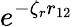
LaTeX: e^{-\zeta_{r}r_{12}}